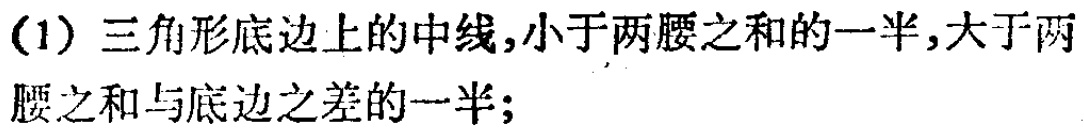
(1) 三角形底边上的中线,小于两腰之和的一半,大于两腰之和与底边之差的一半;